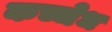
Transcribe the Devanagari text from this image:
कच्चेध